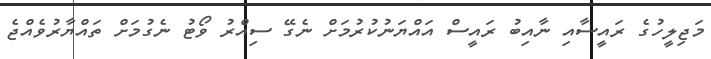
މަޖިލީހުގެ ރައީސާއި ނާއިބު ރައީސް އައްޔަނުކުރުމަށް ނެގޭ ސިއްރު ވޯޓު ނެގުމަށް ތައްޔާރުވެއްޖެ